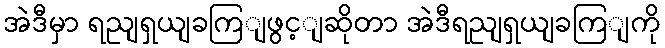
အဲဒီမှာ ရညျရှယျခကြျဖွင့ျဆိုတာ အဲဒီရညျရှယျခကြျကို